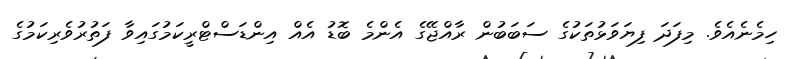
ހިމެނެއެވެ. މިފަދަ ފިޔަވަޅުތަކުގެ ސަބަބުން ރާއްޖޭގެ އެންމެ ބޮޑު އެއް އިންޑަސްޓްރީކަމުގައިވާ ފަތުރުވެރިކަމުގެ